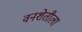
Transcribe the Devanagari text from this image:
वनशेतीला